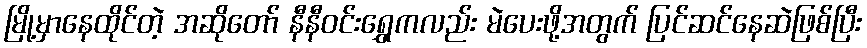
မြို့မှာနေထိုင်တဲ့ အဆိုတော် နီနီဝင်းရွှေကလည်း မဲပေးဖို့အတွက် ပြင်ဆင်နေဆဲဖြစ်ပြီး